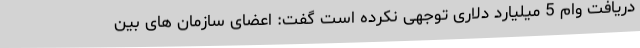
دریافت وام 5 میلیارد دلاری توجهی نکرده است گفت: اعضای سازمان های بین